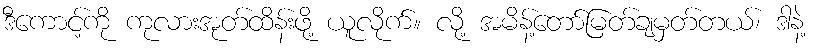
ဒီကောင့်ကို ကုလားအုတ်ထိန်းဖို့ ယူလိုက်။ လို့ အမိန့်တော်မြတ်ချမှတ်တယ်၊ ဒါနဲ့